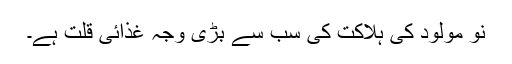
نو مولود کی ہلاکت کی سب سے بڑی وجہ غذائی قلت ہے۔